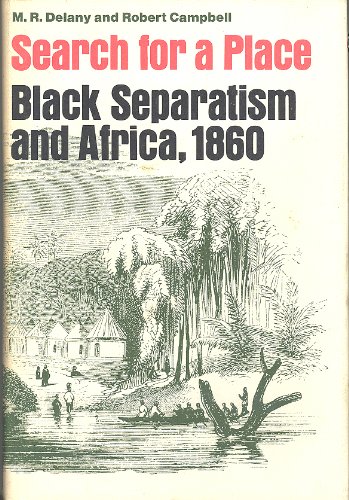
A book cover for Search for a Place: Black Separatism and Africa, 1860; M. Delany; Travel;